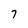
Character: 7